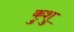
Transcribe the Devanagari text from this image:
कुशु